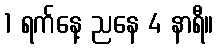
1 ရက်နေ့ ညနေ 4 နာရီ။